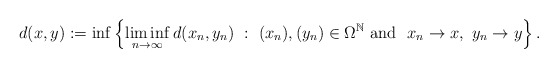
\begin{align*}d(x,y):=\inf\left\{\liminf_{n\to\infty}d(x_{n},y_{n}) \ : \ (x_{n}), (y_{n})\in\Omega^{\mathbb{N}} \ \mbox{and } \ x_{n}\to x, \ y_{n}\to y \right\}.\end{align*}